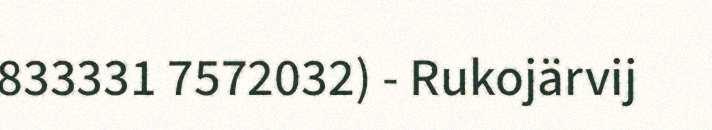
833331 7572032) - Rukojärvij